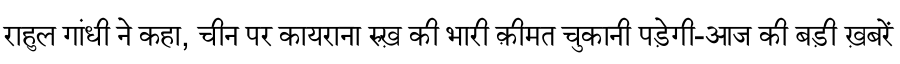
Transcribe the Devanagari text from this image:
राहुल गांधी ने कहा, चीन पर कायराना रुख़ की भारी क़ीमत चुकानी पड़ेगी-आज की बड़ी ख़बरें